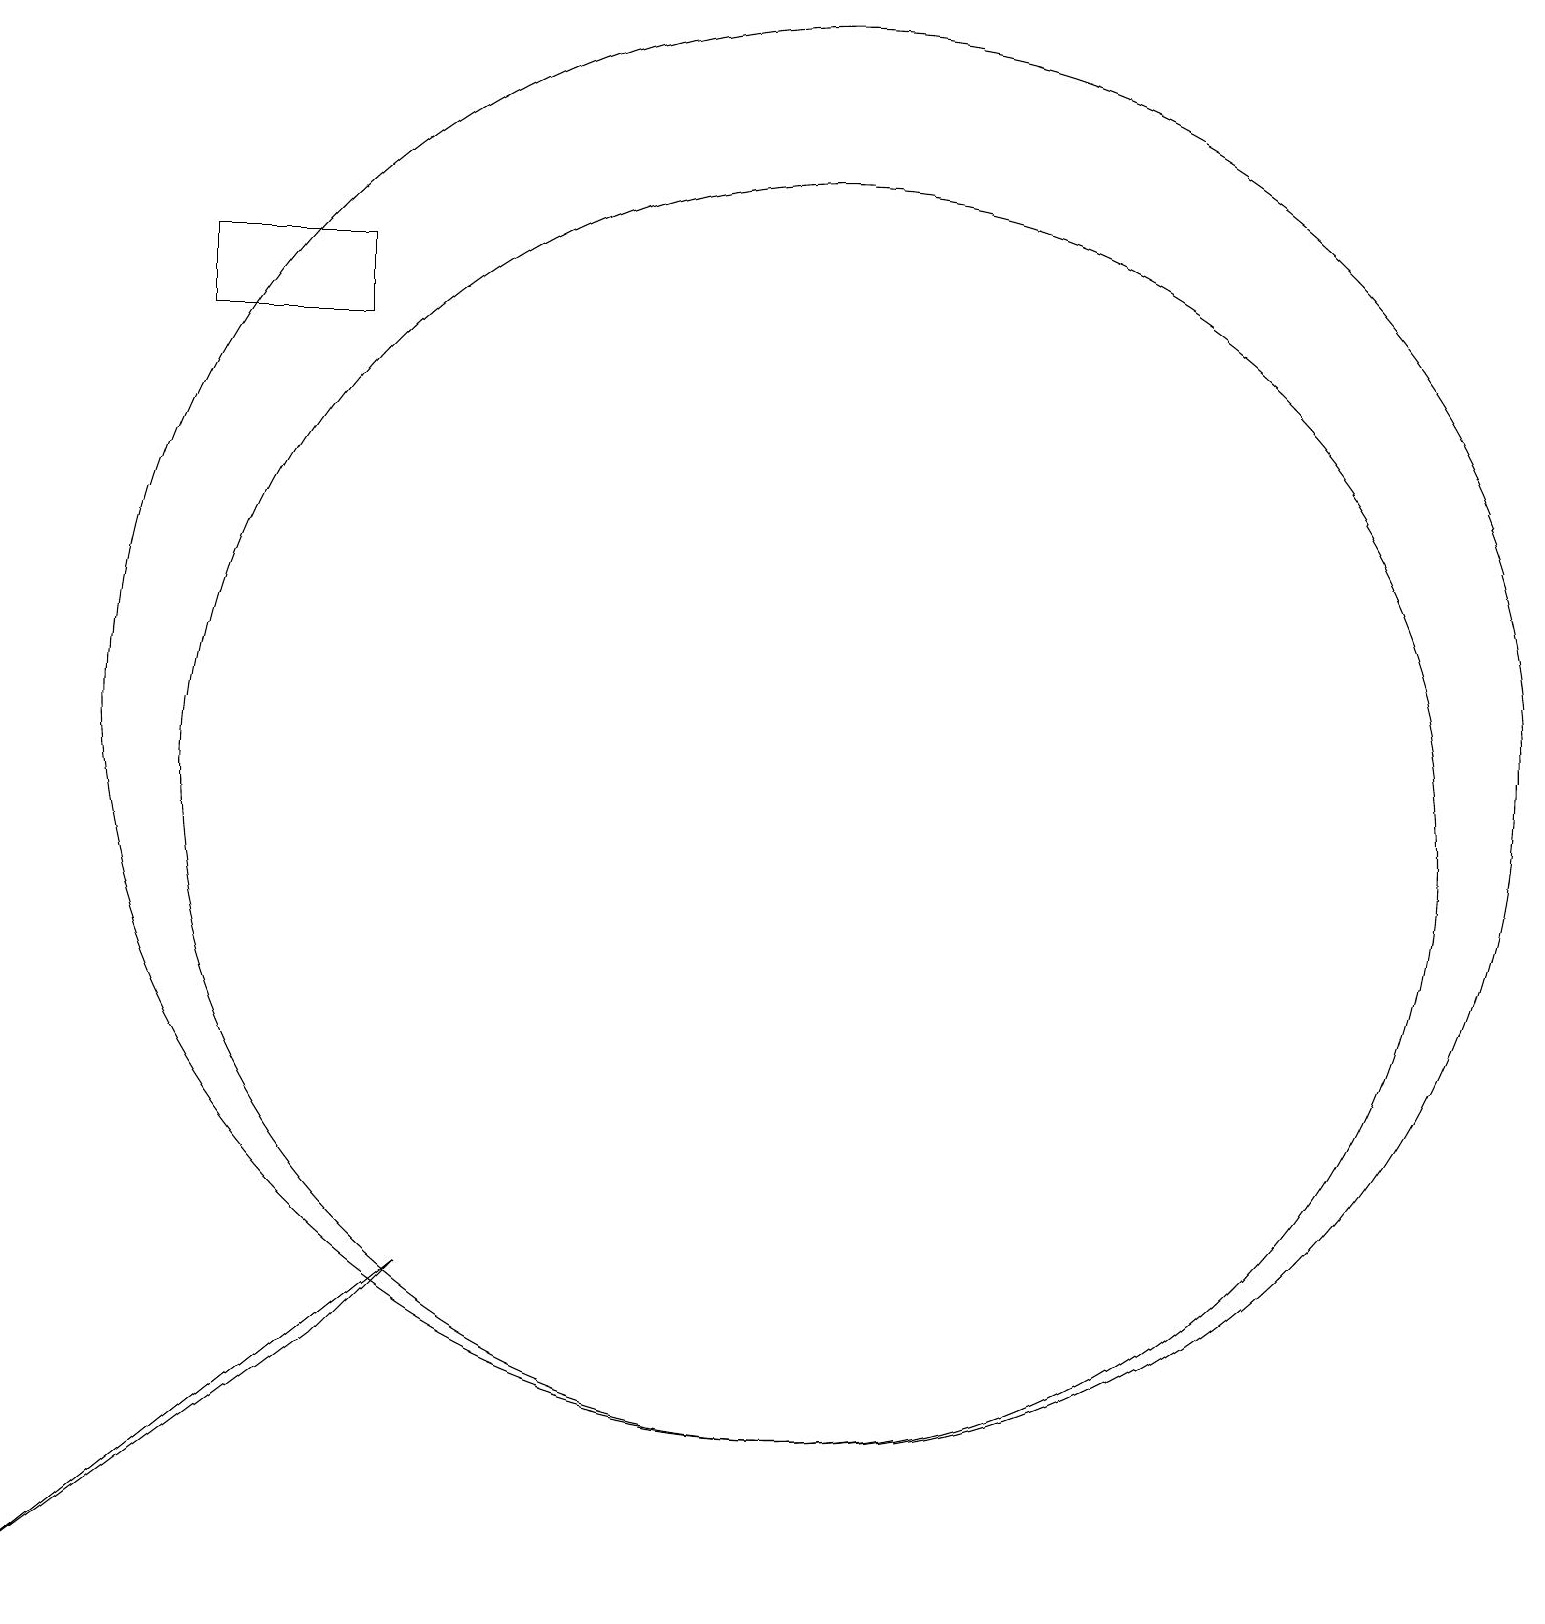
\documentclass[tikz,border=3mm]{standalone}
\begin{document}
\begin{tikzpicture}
\draw (5,3) -- (6,4) -- (1,0) -- cycle;
\draw (3,17) rectangle (5,16);
\draw (11,11) circle (9);
\draw (11,10) circle (8);
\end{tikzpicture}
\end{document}